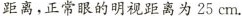
距离，正常眼的明视距离为25cm.